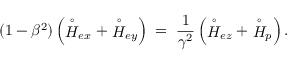
( 1 - \beta ^ { 2 } ) \left( \stackrel { \circ } { \cal H } _ { e x } + \stackrel { \circ } { \cal H } _ { e y } \right) \; = \; \frac { 1 } { \gamma ^ { 2 } } \left( \stackrel { \circ } { \cal H } _ { e z } + \stackrel { \circ } { \cal H } _ { p } \right) .